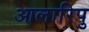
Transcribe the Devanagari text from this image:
आलारिपु